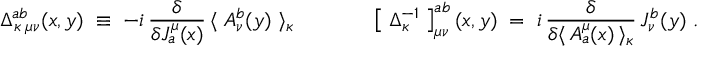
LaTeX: \Delta _ { \kappa \; \mu \nu } ^ { a b } ( x , y ) \; \equiv \; - i \, \frac { \delta } { \delta { \cal J } _ { a } ^ { \mu } ( x ) } \, \langle \; { \cal A } _ { \nu } ^ { b } ( y ) \; \rangle _ { \kappa } \; \; \; \; \; \; \; \; \; \; \; \; \; \left[ \; \Delta _ { \kappa } ^ { - 1 } \; \right] _ { \mu \nu } ^ { a b } ( x , y ) \; = \; i \, \frac { \delta } { \delta \langle \, { \cal A } _ { a } ^ { \mu } ( x ) \, \rangle _ { \kappa } } \, { \cal J } _ { \nu } ^ { b } ( y ) \; .